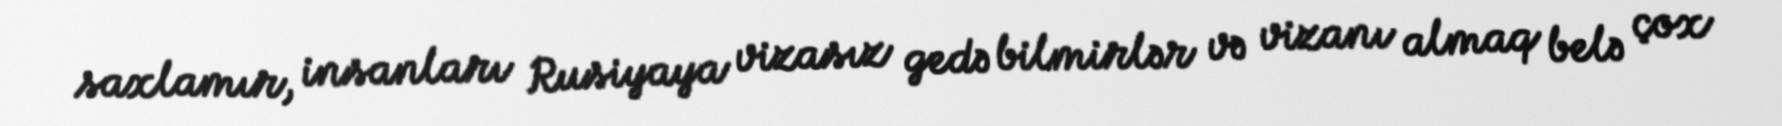
saxlamır, insanları Rusiyaya vizasız gedə bilmirlər və vizanı almaq belə çox